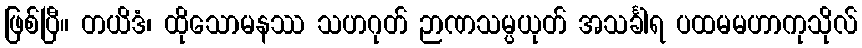
ဖြစ်ပြီ။ တယိဒံ၊ ထိုသောမနဿ သဟဂုတ် ဉာဏသမ္ပယုတ် အသင်္ခါရ ပထမမဟာကုသိုလ်